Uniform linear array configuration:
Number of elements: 32
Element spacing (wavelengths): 0.75
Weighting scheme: hamming
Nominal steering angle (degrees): -60
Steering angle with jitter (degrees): -59.074
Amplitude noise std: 0.05
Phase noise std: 0.05

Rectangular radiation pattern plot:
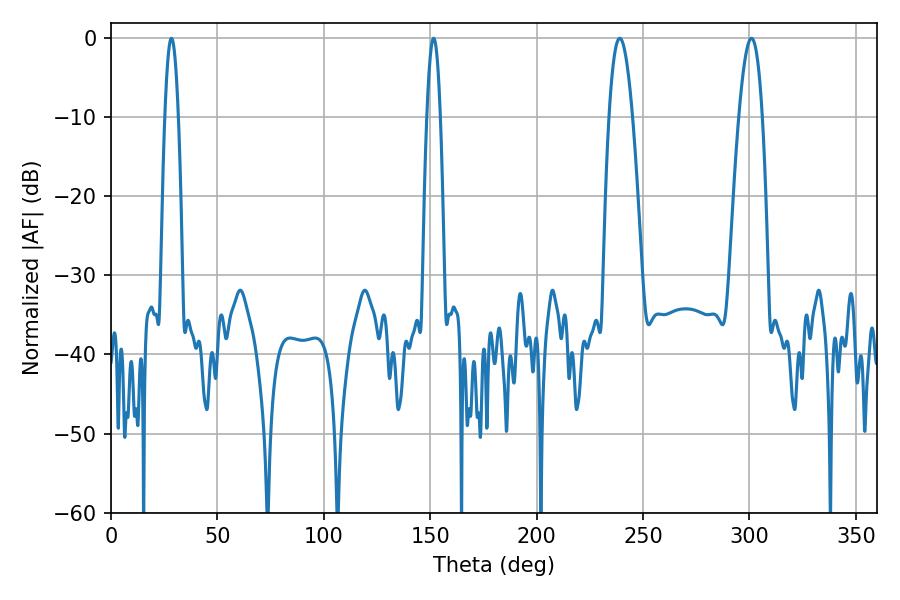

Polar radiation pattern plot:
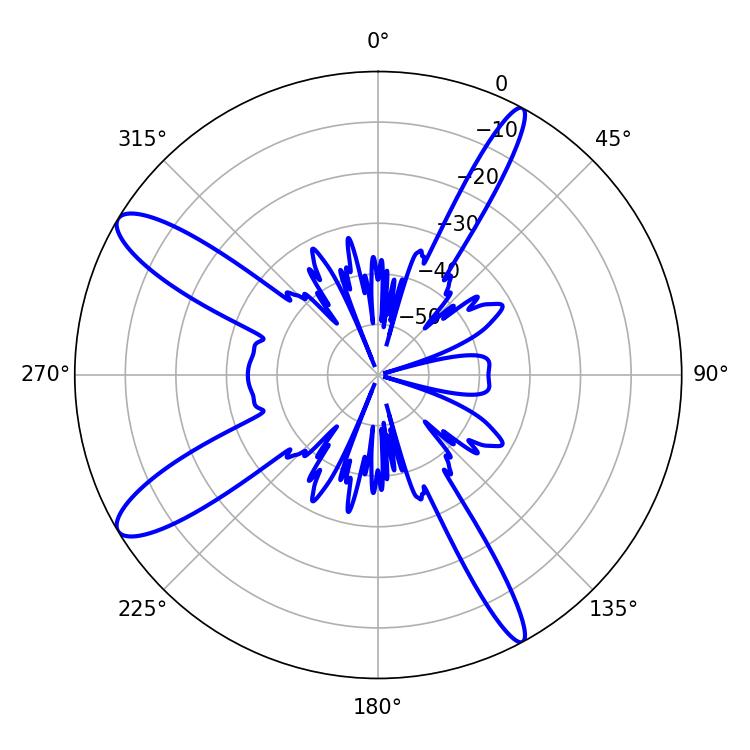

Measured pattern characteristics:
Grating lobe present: TRUE
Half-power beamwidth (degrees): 6.12
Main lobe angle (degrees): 300.96